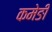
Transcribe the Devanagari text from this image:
कमेङी